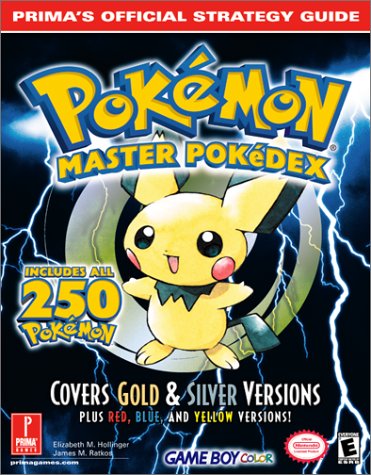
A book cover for Pokemon Master Pokedex: Prima's Official Strategy Guide; Elizabeth Hollinger; Computers & Technology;